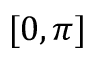
[ 0 , \pi ]